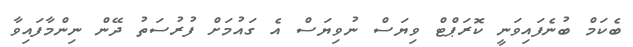
ބެކަމް ބުނެފައިވަނީ ކޮރަޕްޓް ވިޔަސް ނުވިޔަސް އެ ގައުމަށް ފުރުސަތު ދޭން ނިންމާފައިވާ